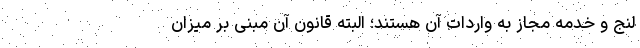
لنج و خدمه مجاز به واردات آن هستند؛ البته قانون آن مبنی بر میزان